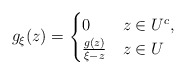
\begin{align*}g_\xi(z) = \begin{cases}0 & z\in U^c,\\\frac{g(z)}{\xi -z} & z\in U\end{cases}\end{align*}